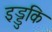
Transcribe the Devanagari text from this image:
इड्डुकि